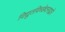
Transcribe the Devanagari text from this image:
विद्युतविच्छेदनाद्वारे